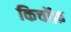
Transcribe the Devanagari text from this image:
किचॉफ़